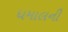
ધમાલની